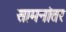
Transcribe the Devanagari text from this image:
सामनांतर